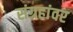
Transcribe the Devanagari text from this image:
संग्रहांवर